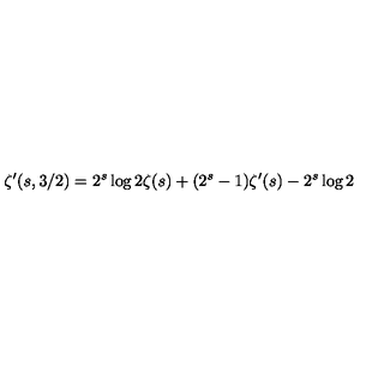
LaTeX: \zeta ^ { \prime } ( s , 3 / 2 ) = 2 ^ { s } \log 2 \zeta ( s ) + ( 2 ^ { s } - 1 ) \zeta ^ { \prime } ( s ) - 2 ^ { s } \log 2